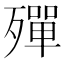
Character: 殫